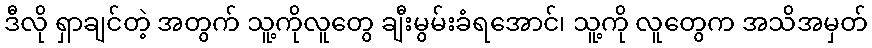
ဒီလို ရှာချင်တဲ့ အတွက် သူ့ကိုလူတွေ ချီးမွမ်းခံရအောင်၊ သူ့ကို လူတွေက အသိအမှတ်